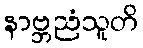
နာဗ္ဘညံသူတိ